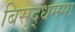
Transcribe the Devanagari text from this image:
बिसुद्धमग्ग